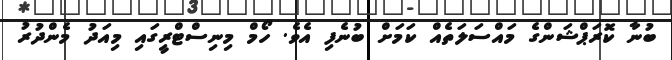
ބުނާ ކޮރަޕްޝަންގެ މައްސަލަތެއް ކަމަށް ބުނެފި އެވެ. ހޯމް މިނިސްޓްރީގައި މިއަދު މެންދުރު